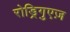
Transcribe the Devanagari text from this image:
रोड्रिगुएज़